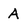
Character: A